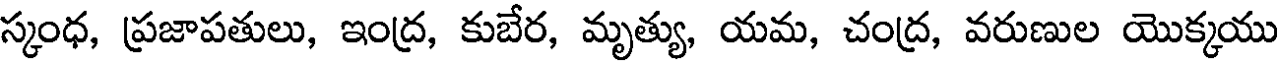
స్కంధ, ప్రజాపతులు, ఇంద్ర, కుబేర, మృత్యు, యమ, చంద్ర, వరుణుల యొక్కయు